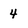
Character: 4